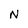
Character: N